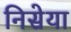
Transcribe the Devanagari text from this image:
निसेया